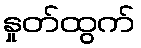
နှုတ်ထွက်